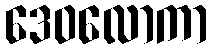
ဒေဝလောကာ